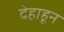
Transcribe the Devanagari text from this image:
देहाहून